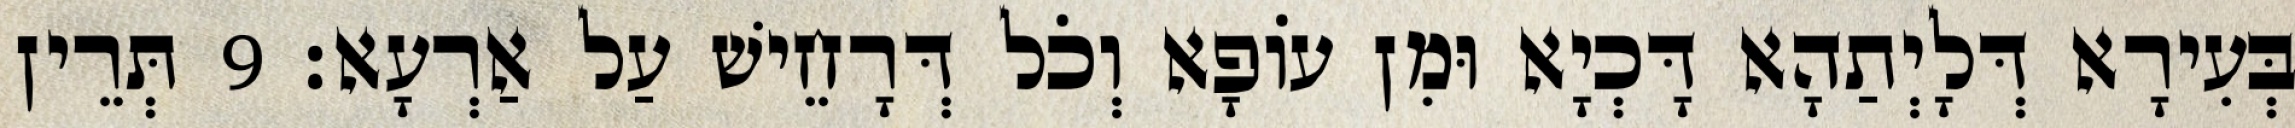
בְּעִירָא דְּלָיְתַהָא דָּכְיָא וּמִן עוֹפָא וְכֹל דְּרָחֵישׁ עַל אַרְעָא׃ 9 תְּרֵין